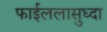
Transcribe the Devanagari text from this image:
फाईललासुध्दा